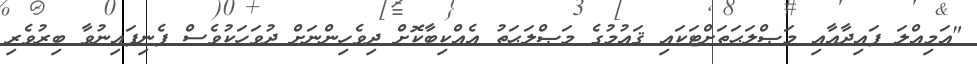
"އަމިއްލަ ފައިދާއާއި މަޞްލަޙަތަށްޓަކައި ޤައުމުގެ މަޞްލަޙަތު އެއްކިބާކޮށް ދިވެހިންނަށް ދުވަހަކުވެސް ފެނިފައިނުވާ ބިރުވެރި